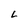
Character: L